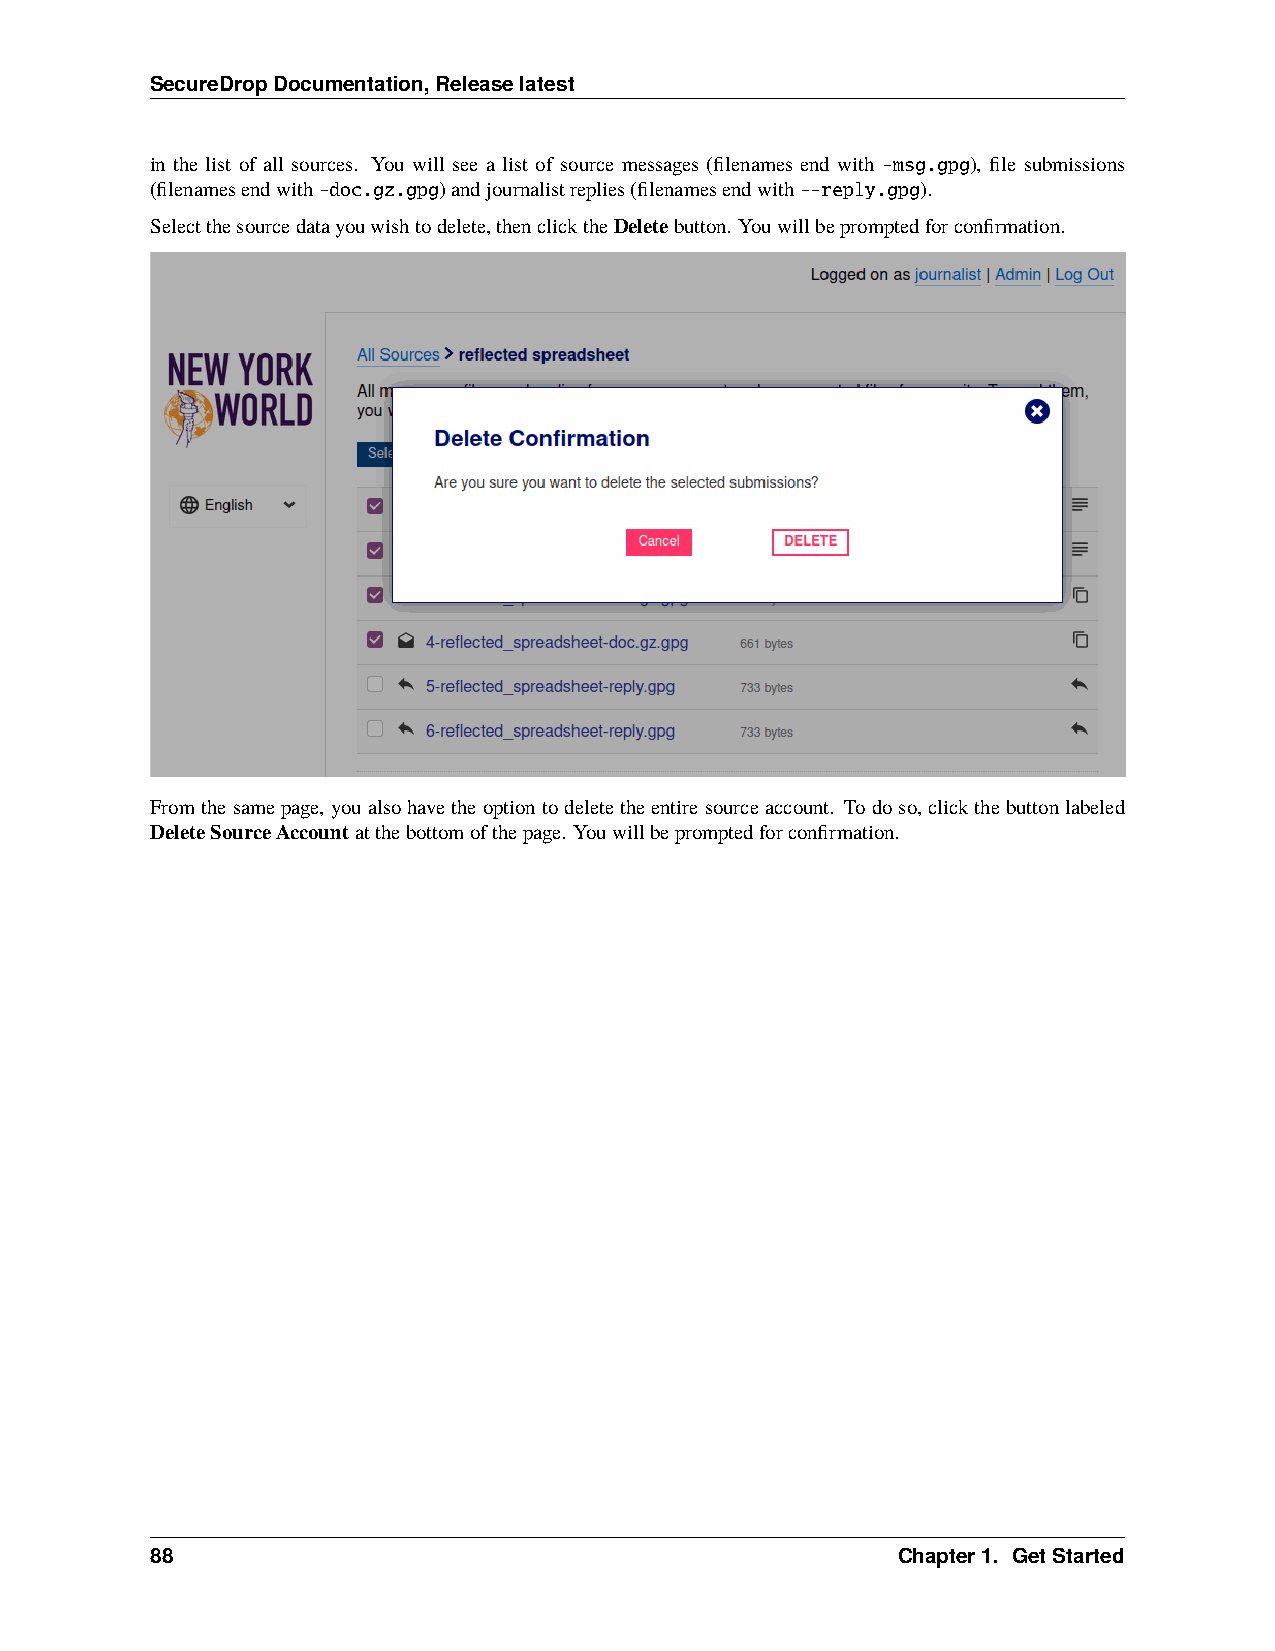
SecureDropDocumentation,Releaselatest
 in the list of all sources. You will see a list of source messages (filenames end with -msg.gpg), file submissions
 (filenamesendwith-doc.gz.gpg)andjournalistreplies(filenamesendwith--reply.gpg).
 Selectthesourcedatayouwishtodelete,thenclicktheDeletebutton. Youwillbepromptedforconfirmation.
 Fromthesamepage, youalsohavetheoptiontodeletetheentiresourceaccount. Todoso, clickthebuttonlabeled
 DeleteSourceAccountatthebottomofthepage. Youwillbepromptedforconfirmation.
 88                                               Chapter1. GetStarted